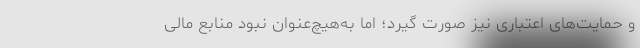
و حمایت‌های اعتباری نیز صورت گیرد؛ اما به‌هیچ‌عنوان نبود منابع مالی